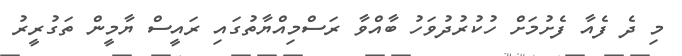
މި ދެ ފެއާ ފެށުމަށް ހުކުރުދުވަހު ބާއްވާ ރަސްމިއްޔާތުގައި ރައީސް ޔާމީން ތަގުރީރު